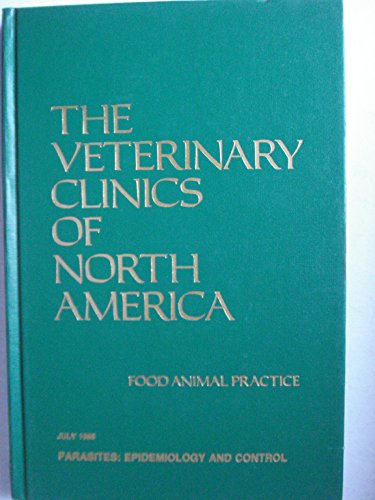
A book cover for Parasites: Epidemiology and control (The veterinary clinics of North America); Medical Books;